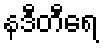
နဒီတီရေ